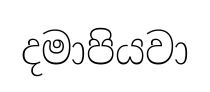
දමාපියවා